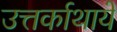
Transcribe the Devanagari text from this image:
उत्तर्काथायें